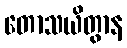
တောသယိတွာန